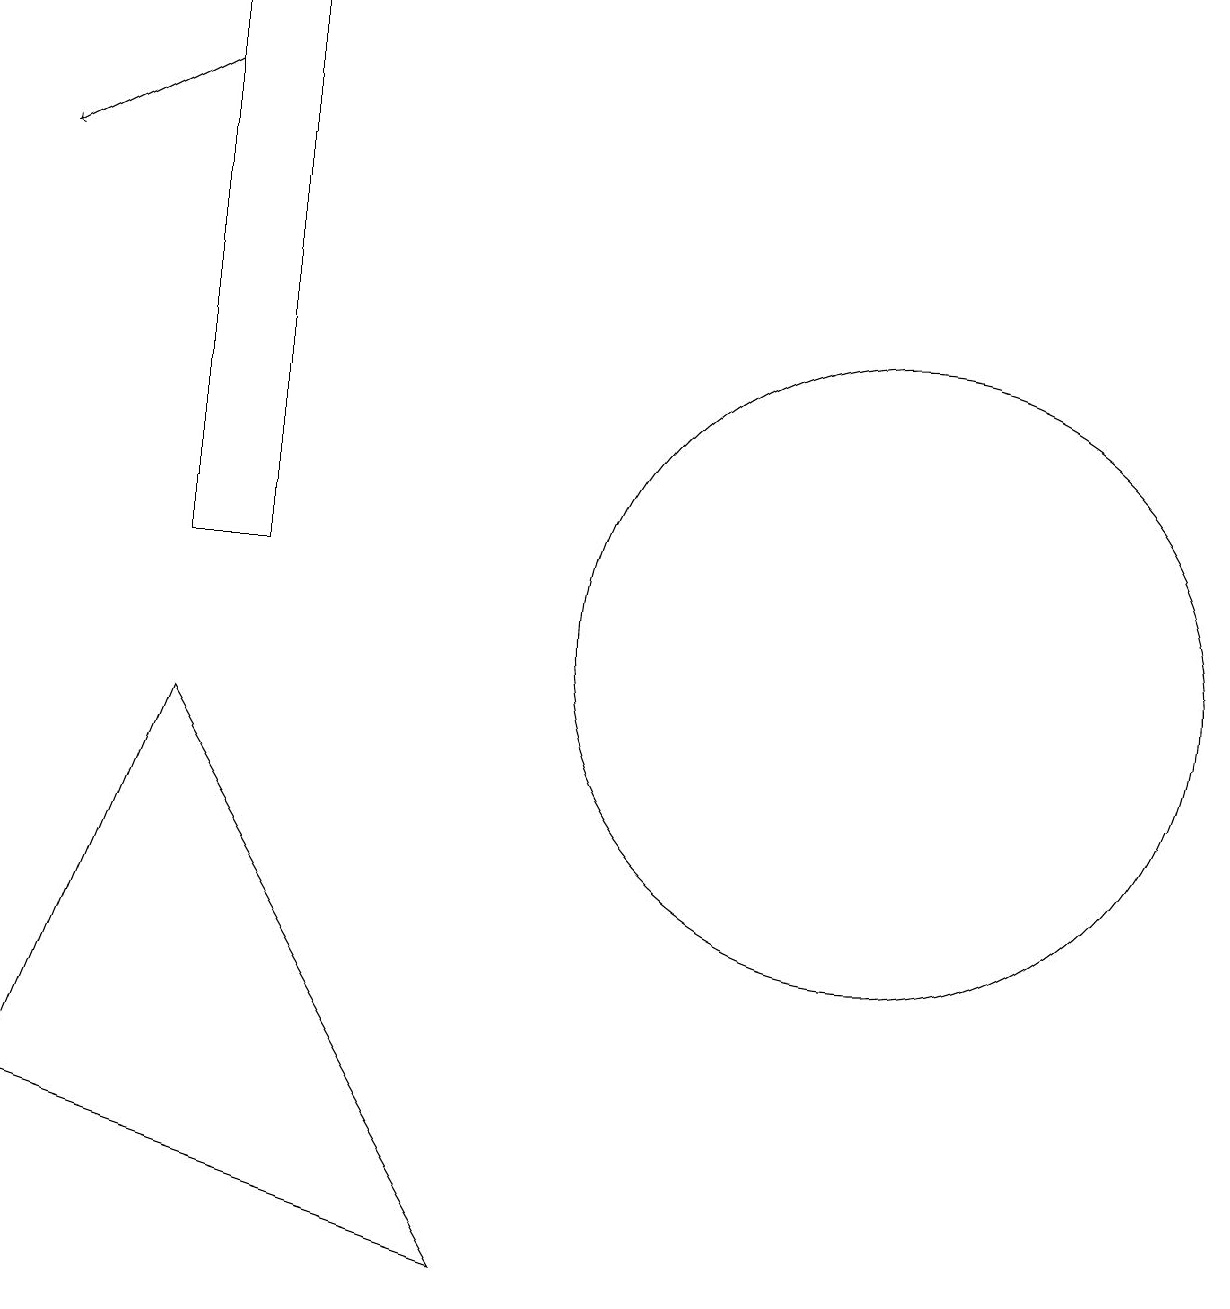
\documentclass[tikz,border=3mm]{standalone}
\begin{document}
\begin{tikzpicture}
\draw (2,11) rectangle (3,18);
\draw (0,4) -- (6,2) -- (2,9) -- cycle;
\draw (11,10) circle (4);
\draw[->] (2,17) -- (0,16);
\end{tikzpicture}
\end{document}